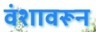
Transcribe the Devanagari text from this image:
वंशावरून